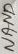
Text: NAND